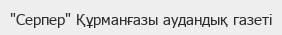
"Серпер" Құрманғазы аудандық газеті